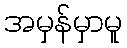
အမှန်မှာမူ